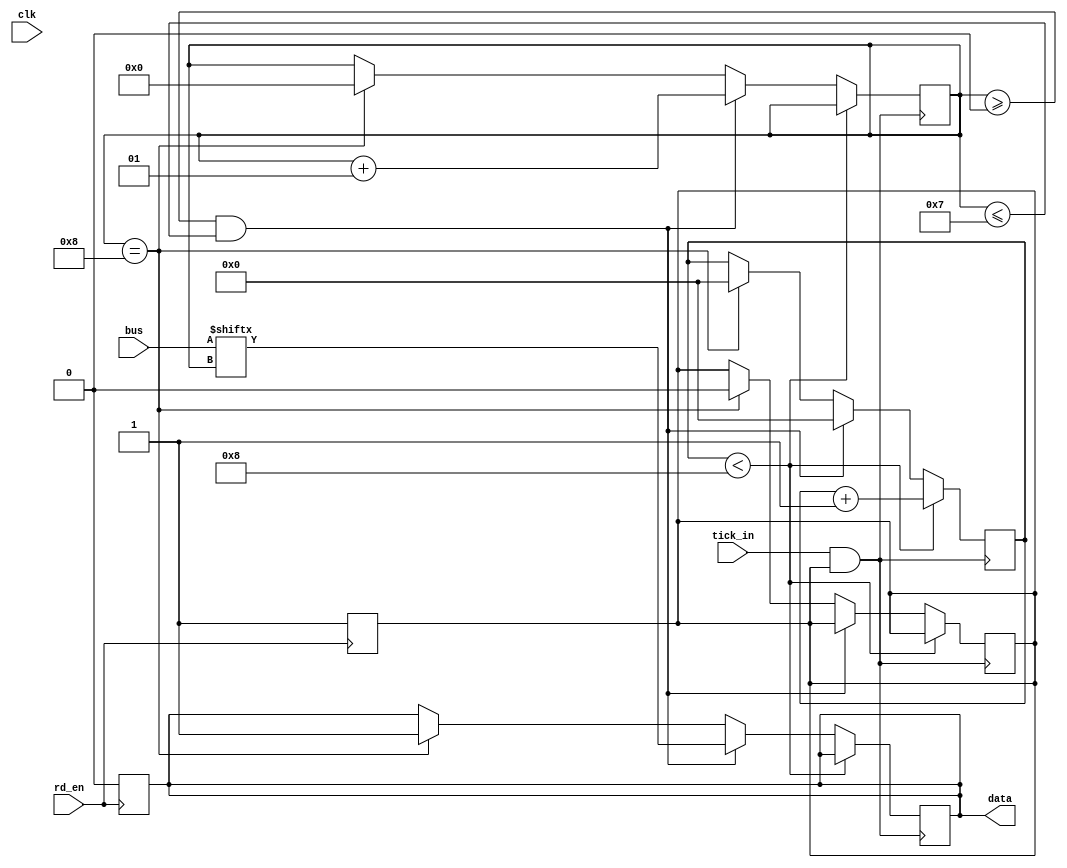
module transmitter (input [7:0] bus , input clk , input tick_in , input rd_en , output data);

integer i=0;
assign data=temp;
reg temp;
wire tick;
reg start;
reg [4:0] counter;

assign tick = tick_in & start;

initial begin
    start<=0;
    temp<=1;
    counter<=0;
end

always @ (negedge rd_en) begin
    start<=1;
    temp<=0;
end

always @(posedge tick) begin

    if (counter < 8) begin
        counter<=counter+1;
    end

    else begin

    if (i>=0 && i<=7) begin
        temp<=bus[i];
        i<=i+1;
        counter<=0;
    end
    else if (i==8) begin
        i<=0;
        temp<=1;
        start<=0;
        counter<=0;
    end
    end
end

endmodule